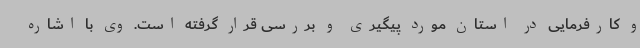
و کارفرمایی در استان مورد پیگیری و بررسی قرار گرفته است. وی با اشاره